Annual returns of the Patna Lunatic Asylum at Bankipore in Bihar and Orissa - 1912-1924
Year: 1912
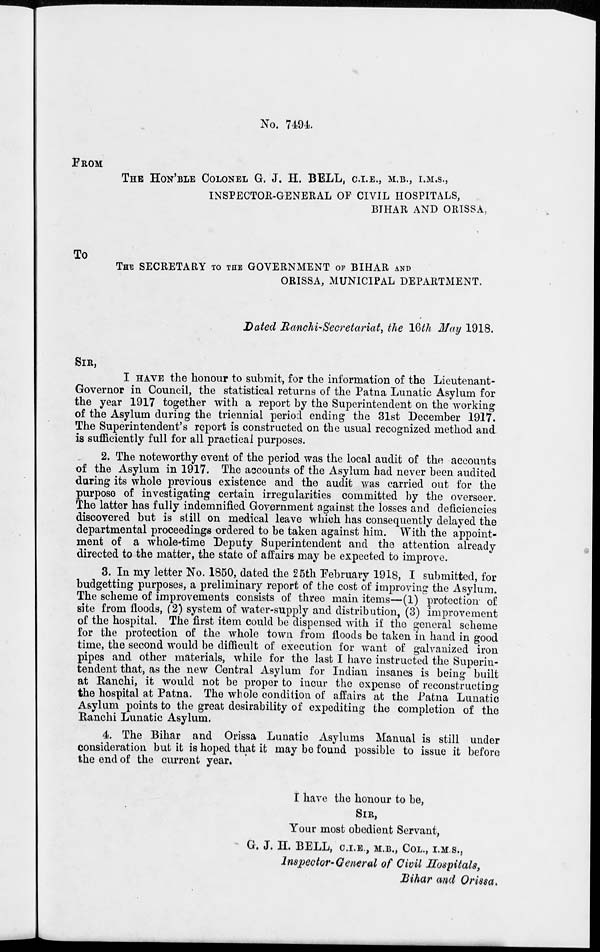
No. 7494.
FROM
THE HON'BLE COLONEL G. J. H. BELL, C.I.E., M.B., I.M.S.,
INSPECTOR-GENERAL OF CIVIL HOSPITALS,
BIHAR AND ORISSA,
To
THE SECRETARY TO THE GOVERNMENT OF BIHAR AND
ORISSA, MUNICIPAL DEPARTMENT.
Dated Ranchi-Secretariat, the 16th May 1918.
SIR,
I HAVE the honour to submit, for the information of the Lieutenant-
Governor in Council, the statistical returns of the Patna Lunatic Asylum for
the year 1917 together with a report by the Superintendent on the working
of the Asylum during the triennial period ending the 31st December 1917.
The Superintendent's report is constructed on the usual recognized method and
is sufficiently full for all practical purposes.
2. The noteworthy event of the period was the local audit of the accounts
of the Asylum in 1917. The accounts of the Asylum had never been audited
during its whole previous existence and the audit was carried out for the
purpose of investigating certain irregularities committed by the overseer.
The latter has fully indemnified Government against the losses and deficiencies
discovered but is still on medical leave which has consequently delayed the
departmental proceedings ordered to be taken against him. With the appoint-
ment of a whole-time Deputy Superintendent and the attention already
directed to the matter, the state of affairs may be expected to improve.
3. In my letter No. 1850, dated the 25th February 1918, I submitted, for
budgetting purposes, a preliminary report of the cost of improving the Asylum.
The scheme of improvements consists of three main items—(1) protection of
site from floods, (2) system of water-supply and distribution, (3) improvement
of the hospital. The first item could be dispensed with if the general scheme
for the protection of the whole town from floods be taken in hand in good
time, the second would be difficult of execution for want of galvanized iron
pipes and other materials, while for the last I have instructed the Superin-
tendent that, as the new Central Asylum for Indian insanes is being built
at Ranchi, it would not be proper to incur the expense of reconstructing
the hospital at Patna. The whole condition of affairs at the Patna Lunatic
Asylum points to the great desirability of expediting the completion of the
Ranchi Lunatic Asylum.
4. The Bihar and Orissa Lunatic Asylums Manual is still under
consideration but it is hoped that it may be found possible to issue it before
the end of the current year.
I have the honour to be,
SIR,
Your most obedient Servant,
G. J. H. BELL, C.I.E., M.B., COL., I.M.S.,
Inspector-General of Civil Hospitals,
Bihar and Orissa.